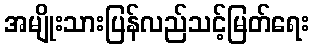
အမျိုးသားပြန်လည်သင့်မြတ်ရေး